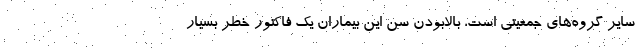
سایر گروه‌های جمعیتی است، بالابودن سن این بیماران یک فاکتور خطر بسیار